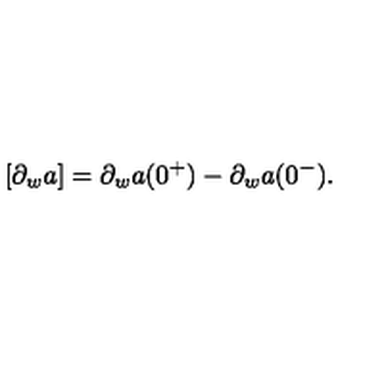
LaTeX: [ \partial _ { w } a ] = \partial _ { w } a ( 0 ^ { + } ) - \partial _ { w } a ( 0 ^ { - } ) .